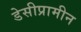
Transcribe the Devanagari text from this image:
डेसीप्रामीन